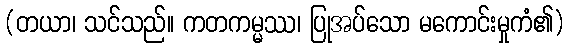
(တယာ၊ သင်သည်။ ကတကမ္မဿ၊ ပြုအပ်သော မကောင်းမှုကံ၏)